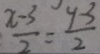
\frac { x - 3 } { 2 } = \frac { 9 3 } { 2 }